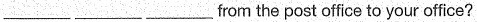
___ ___ ___ from the post office to your office?